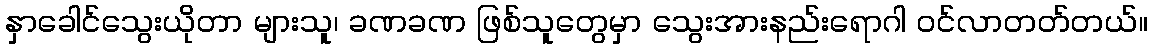
နှာခေါင်သွေးယိုတာ များသူ၊ ခဏခဏ ဖြစ်သူတွေမှာ သွေးအားနည်းရောဂါ ဝင်လာတတ်တယ်။